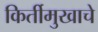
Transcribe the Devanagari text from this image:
किर्तीमुखाचे